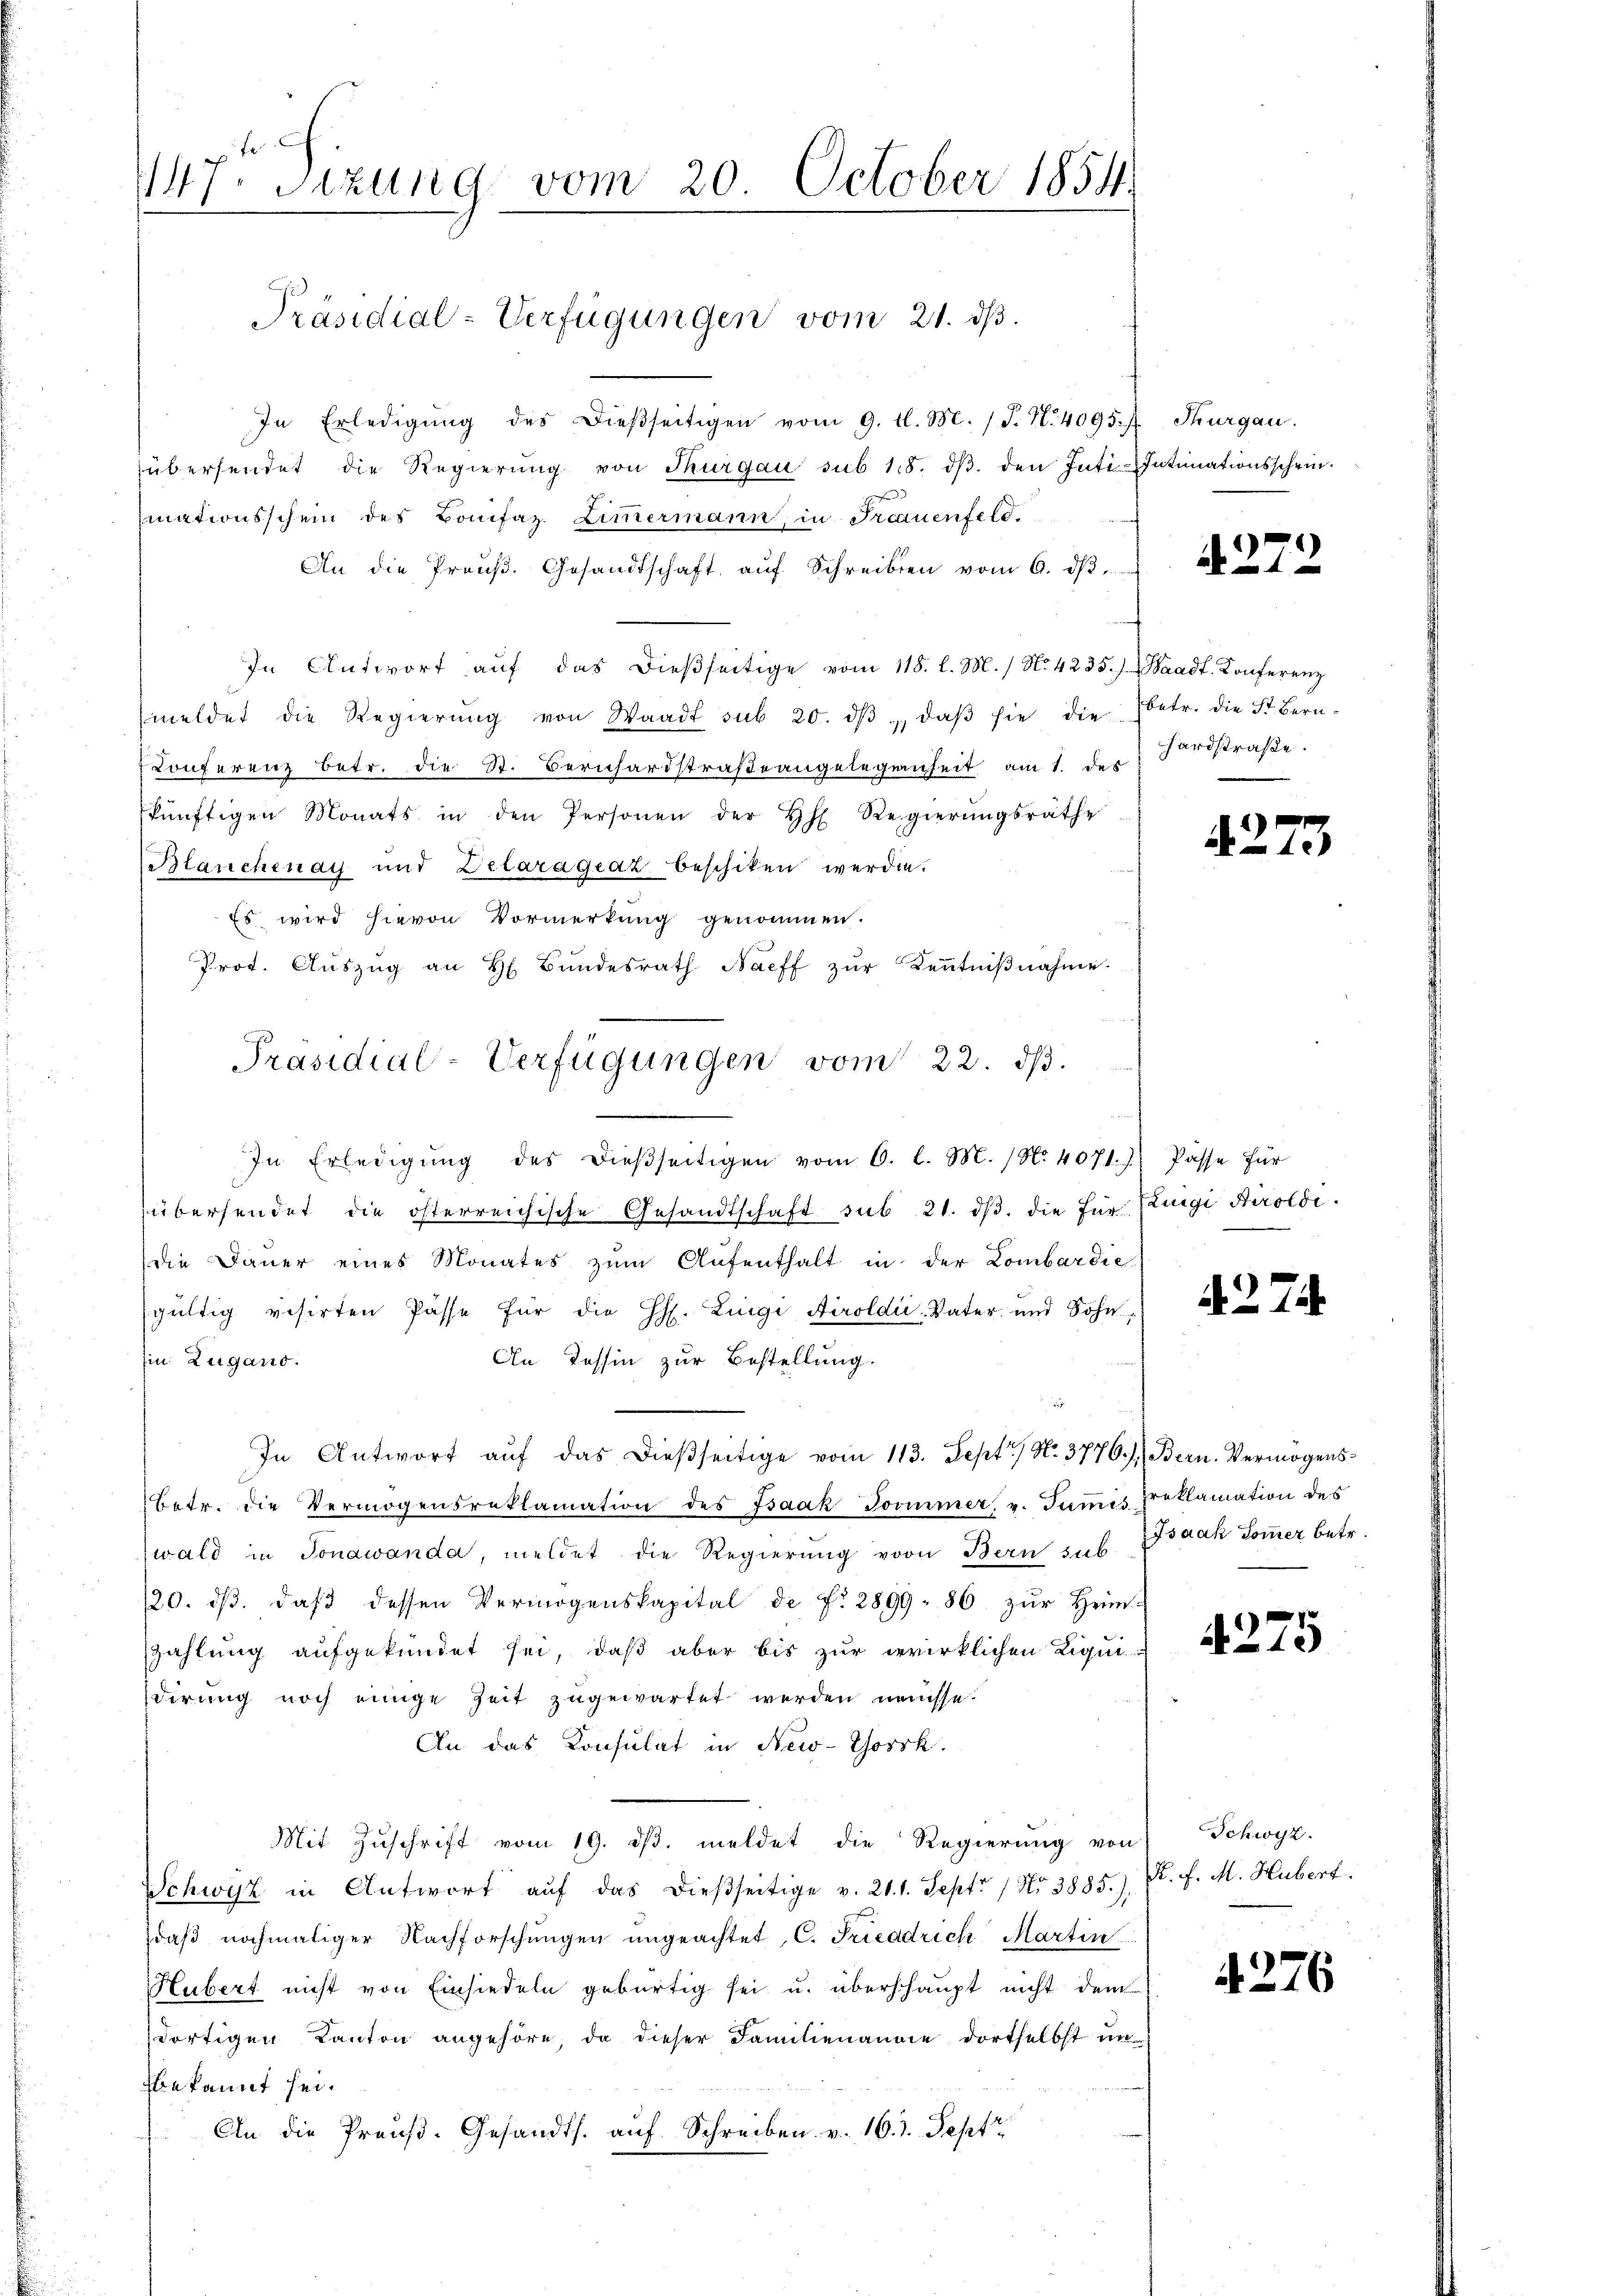
147. Sizung vom 20. October 1854.

In Erledigŭng des Dieβseitigen vom 9. d. M. (T. N. 4095 f. Thurgau.
übersendet die Regierŭng von Thurgau sub 18. dβ. den Inti-Intimationsschein.
mationsschein des Bonifaz. Ziṁermann, in Frauenfeld.
An die Preŭβ. Gesandtschaft aŭf Schreiben vom 6. dβ
In Antwort aŭf das dieβseitige vom 118. l. M. / No. 4235.) Waadt. Konferenz
meldet die Regierŭng von Waadt sub 20. dβ " daβ sie die betr. die St. Bern-
Konferenz betr. die St. Berichardstraße angelegenheit am 1. des
künftigen Monats in den Personen der H. Regierŭngsräthe
Blanchenay und Delarágeaz beschiken werden.
Es wird hievon Vormerkung genommen.
Prot. Aŭszŭg an H. Bŭndesrath Naeff zŭr Keṅtniβnahme.
In Erledigŭng des dieβseitigen vom 6. l. M. (N. 4071.) Pässe für
übersendet die österreichische Gesandtschaft sub 21. dβ. die für Luigi Airolde.
die Dauer eines Monates zŭm Aŭfenthalt in der Lombardie
gültig visirten Pässe für die H. Luigi Airoldii, Vater- und Sohn,
Ein Zugano.
An Tessin zur Bestellung.
d
In Antwort aŭf das dießseitige vom 113. Sept No. 3776. 7. Bern. Vermögens¬
Betr. die Vermögensreklamation des Isaak Joommer, v. Tumis preklamation des
(wald in Jonawanda, meldet die Regierung von Bern sub. Isaak Sommer betr.
/20. dβ. daβ dessen Vermögenskapital de pr 2899 - 86 zŭr Heim-
Zahlung aufgekündet sei, daß aber bis zur wirklichen Liquidirung noch einige Zeit zugewartet werden müsse.
An das Konsulat in New-York.
Mit Zŭschrift vom 19. dβ. meldet die Regierŭng von Schwyz.
Schwyz in Antwort aŭf das dießseitige v. 21. 1. Sept. / No 3885.),
daβ nochmaliger Nachforschŭngen ungeachtet, C. Friedrich Martin
Hubert nicht von Einsiedeln gebürtig sei u. überschaupt nicht dem
dortigen Kanton angehöre, da dieser Familienannie dortselbst un
bekannt sei¬
An die Preŭβ- Gesandts. aŭf Schreiben. v. 16. Sept

Präsidial-Verfügungen vom 21. ds.

Präsidial-Verfügungen vom 22. dβ.

d. 273

hardstraße.

4273

4274.

4275

R. P. M. Hubert.

4. 276